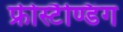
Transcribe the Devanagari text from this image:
फ्रीस्टैण्डिंग